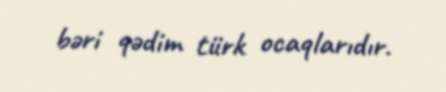
bəri qədim türk ocaqlarıdır.